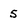
Character: 5